Note on the mental hospitals in Burma - 1925-1940
Year: 1925
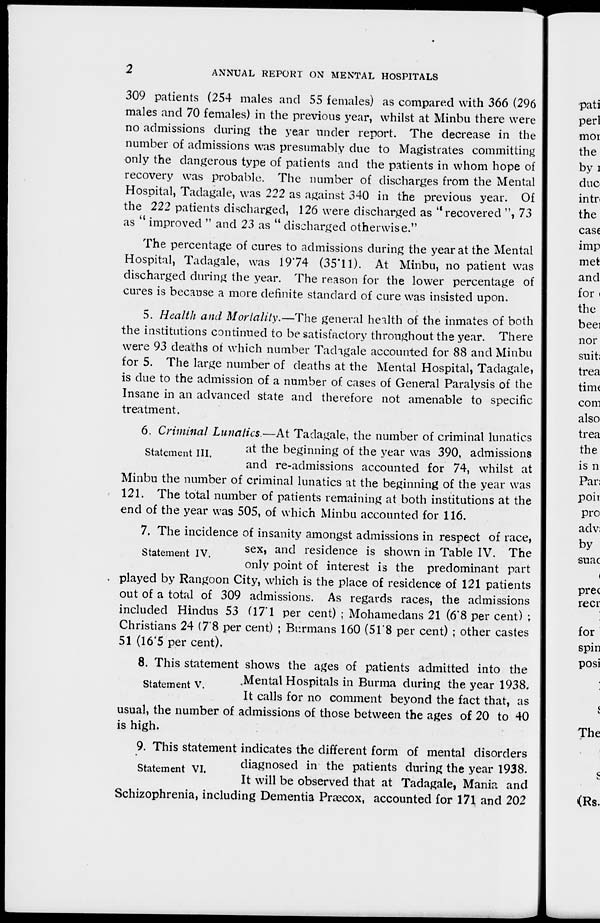
2
ANNUAL REPORT ON MENTAL HOSPITALS
309 patients (254 males and 55 females) as compared with 366 (296
males and 70 females) in the previous year, whilst at Minbu there were
no admissions during the year under report. The decrease in the
number of admissions was presumably due to Magistrates committing
only the dangerous type of patients and the patients in whom hope of
recovery was probable. The number of discharges from the Mental
Hospital, Tadagale, was 222 as against 340 in the previous year. Of
the 222 patients discharged, 126 were discharged as " recovered ", 73
as " improved " and 23 as " discharged otherwise."
The percentage of cures to admissions during the year at the Mental
Hospital, Tadagale, was 19.74 (35.11). At Minbu, no patient was
discharged during the year. The reason for the lower percentage of
cures is because a more definite standard of cure was insisted upon.
5. Health and Mortality.—The general health of the inmates of both
the institutions continued to be satisfactory throughout the year. There
were 93 deaths of which number Tadagale accounted for 88 and Minbu
for 5. The large number of deaths at the Mental Hospital, Tadagale,
is due to the admission of a number of cases of General Paralysis of the
Insane in an advanced state and therefore not amenable to specific
treatment.
Statement III.
6. Criminal Lunatics.—At Tadagale, the number of criminal lunatics
at the beginning of the year was 390, admissions
and re-admissions accounted for 74, whilst at
Minbu the number of criminal lunatics at the beginning of the year was
121. The total number of patients remaining at both institutions at the
end of the year was 505, of which Minbu accounted for 116.
Statement IV.
7. The incidence of insanity amongst admissions in respect of race,
sex, and residence is shown in Table IV. The
only point of interest is the predominant part
played by Rangoon City, which is the place of residence of 121 patients
out of a total of 309 admissions. As regards races, the admissions
included Hindus 53 (17.1 per cent) ; Mohamedans 21 (6.8 per cent) :
Christians 24 (7.8 per cent) ; Burmans 160 (51.8 per cent) ; other castes
51 (16.5 per cent).
Statement V.
8. This statement shows the ages of patients admitted into the
Mental Hospitals in Burma during the year 1938.
It calls for no comment beyond the fact that, as
usual, the number of admissions of those between the ages of 20 to 40
is high.
Statement VI.
9. This statement indicates the different form of mental disorders
diagnosed in the patients during the year 1938.
It will be observed that at Tadagale, Mania and
Schizophrenia, including Dementia Præcox, accounted for 171 and 202